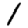
Digit: 1